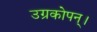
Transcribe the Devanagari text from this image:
उग्रकोपन्।